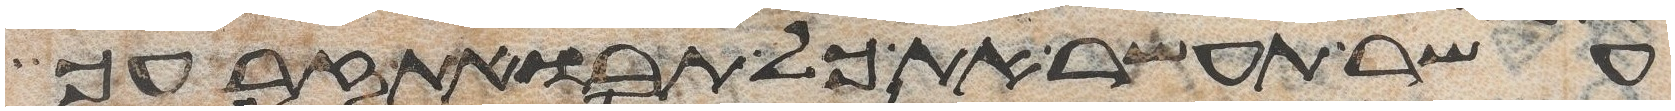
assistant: עשר תעשר את כל תבואת זרעך